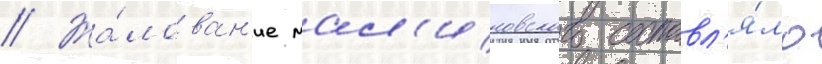
// Жа́лован'ие мал'иновского составл'я́ло